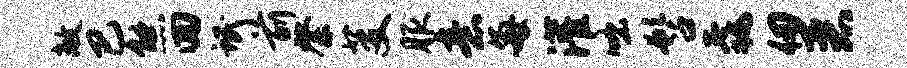
敞巴熊回氓前綮芟服意每灌咄髫毳仞恶